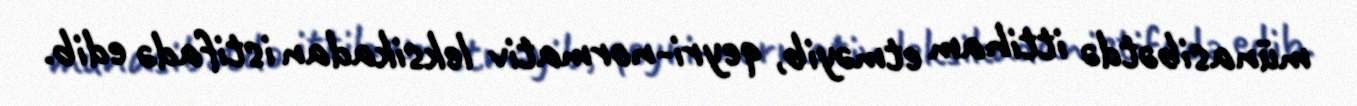
münasibətdə ittiham etməyib, qeyri-normativ leksikadan istifadə edib.